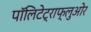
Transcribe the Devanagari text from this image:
पॉलिटेट्राफ्लुओर